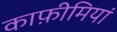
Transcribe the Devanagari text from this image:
काफ़ीमियां